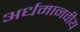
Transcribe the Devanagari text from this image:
अर्धमानवीय